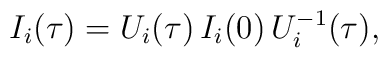
I_{i}({\tau})= U_{i}({\tau}) \, I_{i}(0)\,U^{-1}_{i}({\tau}) ,